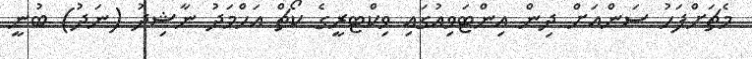
މެޗަށްފަހު ސަންއަށް ދިން އިންޓަވިއުގައި ވިކްޓރީގެ ކޯޗް އަހްމަދު ނާޝިދު (ނަދު) ބުނީ